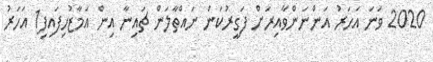
2020 ވަނަ އަހަރު އަންނަންވާއިރަށް ފަގީރުކަން ނައްތާލަން ޗައިނާ އިން އަމާޒުހިފައިފި1 އަހަރު